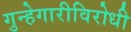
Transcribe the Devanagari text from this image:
गुन्हेगारीविरोधी